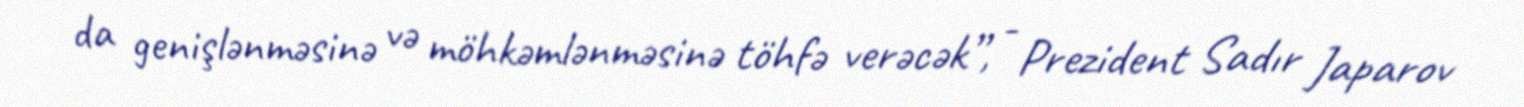
da genişlənməsinə və möhkəmlənməsinə töhfə verəcək”, - Prezident Sadır Japarov